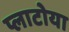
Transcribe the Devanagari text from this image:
प्लाटोया